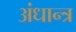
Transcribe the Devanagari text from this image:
अंधान्त्र